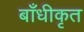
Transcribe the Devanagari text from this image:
बाँधीकृत